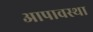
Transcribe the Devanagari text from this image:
आपावस्था